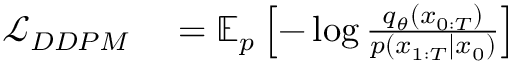
\begin{array} { r l } { \mathcal { L } _ { D D P M } } & { { } = \mathbb { E } _ { p } \left[ - \log \frac { q _ { \theta } ( x _ { 0 : T } ) } { p ( x _ { 1 : T } | x _ { 0 } ) } \right] } \end{array}